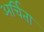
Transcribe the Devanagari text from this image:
अर्चिता